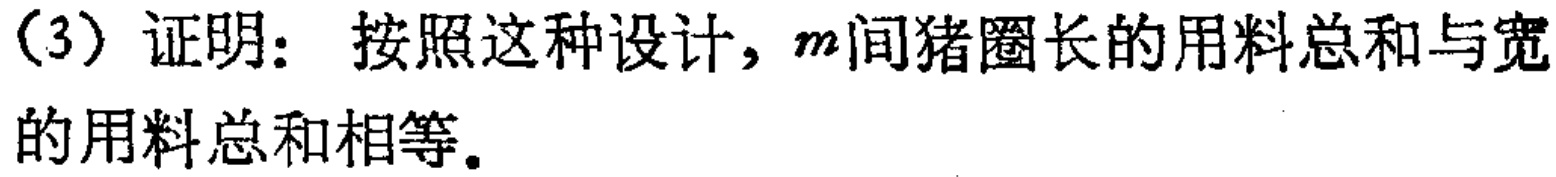
（3）证明：按照这种设计，\(m\)间猪圈圈长的用料总和与宽的用料总和相等。